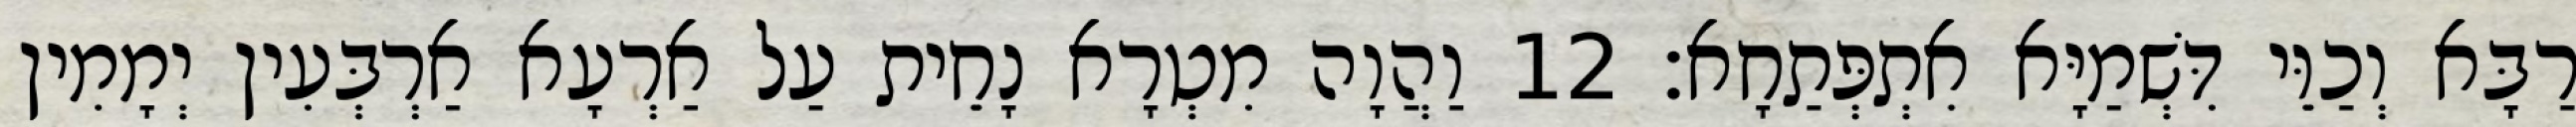
רַבָּא וְכַוֵּי דִּשְׁמַיָּא אִתְפְּתַחָא׃ 12 וַהֲוָה מִטְרָא נָחֵית עַל אַרְעָא אַרְבְּעִין יְמָמִין